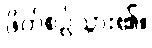
ဖိတ်စဉ်သွား၏။